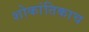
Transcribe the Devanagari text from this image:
शोकांतिकाच